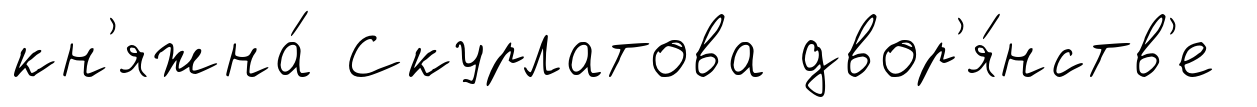
кн'яжна́ Скурлатова двор'я́нств'е